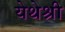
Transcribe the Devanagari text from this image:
येथेश्री